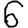
Digit: 6